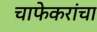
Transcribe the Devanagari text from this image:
चाफेकरांचा